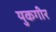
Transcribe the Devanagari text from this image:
युकगीर